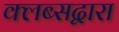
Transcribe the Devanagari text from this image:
क्लब्सद्वारा